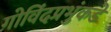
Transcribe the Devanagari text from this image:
गोविंदप्रभुंकडे